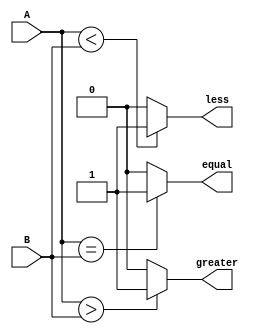
module comparator(
    input [3:0] A,
    input [3:0] B,
    output equal,
    output greater,
    output less
);

assign equal = (A == B) ? 1'b1 : 1'b0;
assign greater = (A > B) ? 1'b1 : 1'b0;
assign less = (A < B) ? 1'b1 : 1'b0;

endmodule